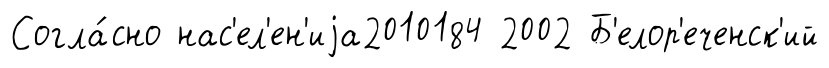
Согла́сно нас'ел'ен'иjа2010184 2002 Б'елор'еченск'ий